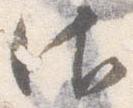
御